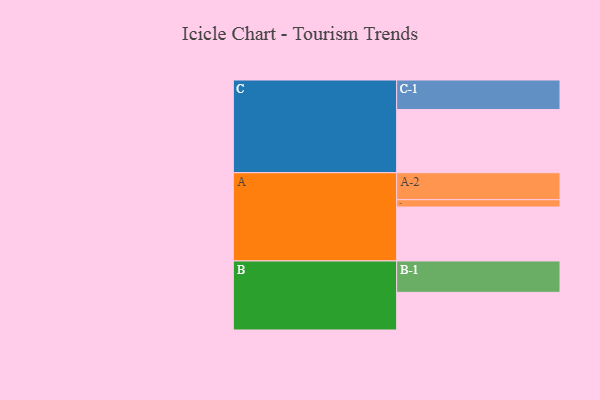
{"axis": {"x": "Segment", "y": "Value"}, "legend": ["", "A", "B", "C"], "data": [{"x": "A", "y": 478, "type": ""}, {"x": "B", "y": 334, "type": ""}, {"x": "C", "y": 560, "type": ""}, {"x": "A-1", "y": 65, "type": "A"}, {"x": "A-2", "y": 239, "type": "A"}, {"x": "B-1", "y": 278, "type": "B"}, {"x": "C-1", "y": 262, "type": "C"}]}